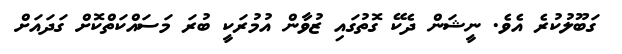
ގަބޫލުކުރެ އެވެ. ނީޝަން ދެކޭ ގޮތުގައި ޒުވާން އުމުރަކީ ބުރަ މަސައްކަތްކޮށް ގަދައަށް